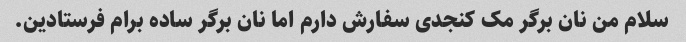
سلام من نان برگر مک کنجدی سفارش دارم اما نان برگر ساده برام فرستادین.